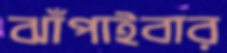
ঝাঁপাইবার